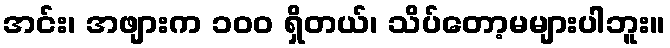
အင်း၊ အဖျားက ၁၀၀ ရှိတယ်၊ သိပ်တော့မများပါဘူး။